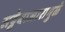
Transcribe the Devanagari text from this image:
सट्टेबाजारामुळे